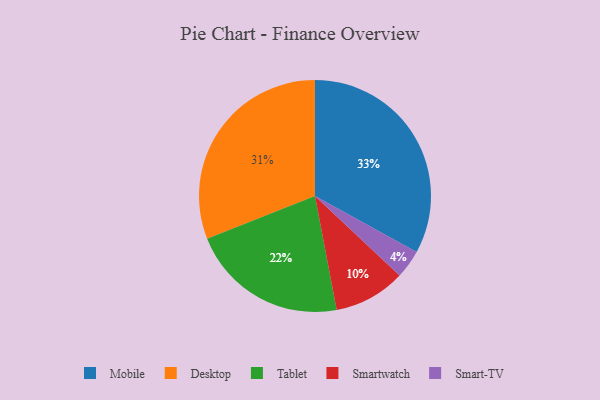
{"axis": {"x": "Category", "y": "Percentage"}, "legend": ["Desktop", "Mobile", "Smart-TV", "Smartwatch", "Tablet"], "data": [{"x": "Tablet", "y": 22, "type": "Tablet"}, {"x": "Smart-TV", "y": 4, "type": "Smart-TV"}, {"x": "Mobile", "y": 33, "type": "Mobile"}, {"x": "Smartwatch", "y": 10, "type": "Smartwatch"}, {"x": "Desktop", "y": 31, "type": "Desktop"}]}